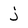
Character: j